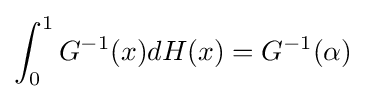
\int _{0}^{1}G^{-1}(x)dH(x)=G^{-1}(\alpha )